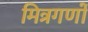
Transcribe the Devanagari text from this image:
मित्रगणों